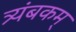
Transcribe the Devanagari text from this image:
त्र्यंबकम्